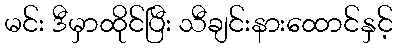
မင်း ဒီမှာထိုင်ပြီး သီချင်းနားထောင်နှင့်